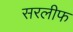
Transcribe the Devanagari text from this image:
सरलीफ